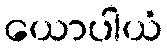
ယောပါယံ